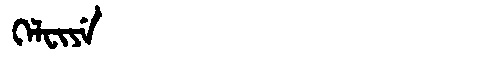
Manchu: ᡴᡝᠯᠸᡳᠶᡝ
Romanization: KELFIYE